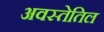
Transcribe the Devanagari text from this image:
अवस्तेतिल